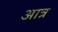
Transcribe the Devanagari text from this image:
आत्र